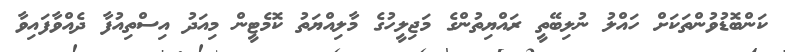
ކަންބޮޑުވުންތަކަށް ހައްލު ނުލިބޭތީ ރައްޔިތުންގެ މަޖިލީހުގެ މާލިއްޔަތު ކޮމެޓީން މިއަދު އިސްތިއުފާ ދެއްވާފައިވާ